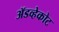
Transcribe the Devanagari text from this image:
ॲडव्हेकोट